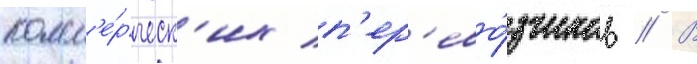
комм'е́рческ'их п'ер'ево́зчиков // В